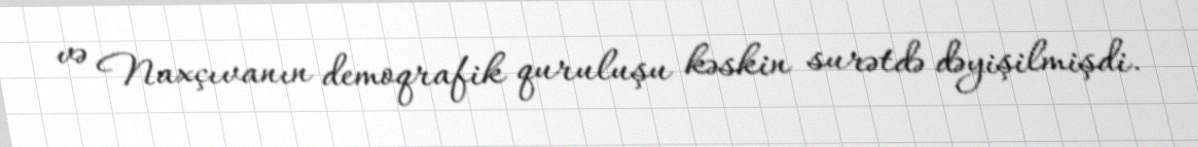
və Naxçıvanın demoqrafik quruluşu kəskin surətdə dəyişilmişdi.